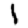
Digit: 1